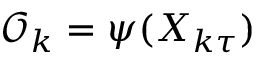
\mathcal { O } _ { k } = \psi ( X _ { k \tau } )